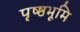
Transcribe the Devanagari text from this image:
पृष्ष्ठभूमि